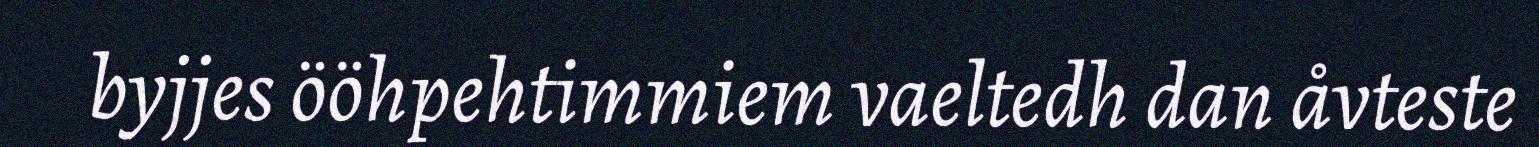
byjjes ööhpehtimmiem vaeltedh dan åvteste